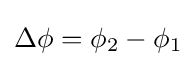
\Delta \phi =\phi _{2}-\phi _{1}\,\!